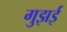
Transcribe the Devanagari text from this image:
गुझई